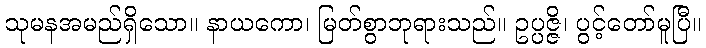
သုမနအမည်ရှိသော။ နာယကော၊ မြတ်စွာဘုရားသည်။ ဥပ္ပဇ္ဇိ၊ ပွင့်တော်မူပြီ။